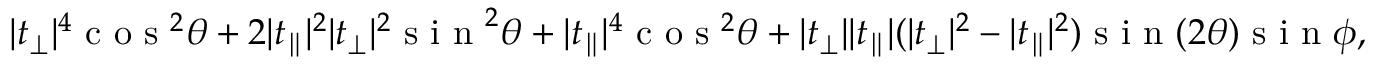
\lvert t _ { \perp } \rvert ^ { 4 } \textrm { c o s } ^ { 2 } \theta + 2 \lvert t _ { \parallel } \rvert ^ { 2 } \lvert t _ { \perp } \rvert ^ { 2 } \textrm { s i n } ^ { 2 } \theta + \lvert t _ { \parallel } \rvert ^ { 4 } \textrm { c o s } ^ { 2 } \theta + \lvert t _ { \perp } \rvert \lvert t _ { \parallel } \rvert ( \lvert t _ { \perp } \rvert ^ { 2 } - \lvert t _ { \parallel } \rvert ^ { 2 } ) \textrm { s i n } ( 2 \theta ) \textrm { s i n } \phi ,